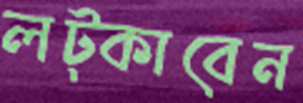
লট্‌কাবেন